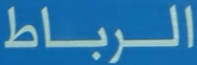
الرباط